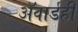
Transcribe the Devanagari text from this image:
ॲवार्डही